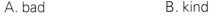
A. bad B. kind